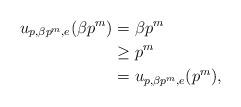
LaTeX: \begin{align*} u_{p,\beta p^m,e}(\beta p^m) & = \beta p^m\\ & \geq p^m \\ & = u_{p,\beta p^m,e}(p^m),\end{align*}